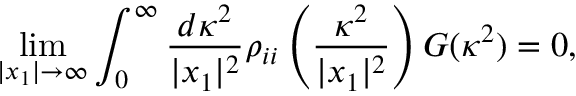
\operatorname * { l i m } _ { | x _ { 1 } | \rightarrow \infty } \int _ { 0 } ^ { \infty } \frac { d \kappa ^ { 2 } } { | x _ { 1 } | ^ { 2 } } \rho _ { i i } \left( \frac { \kappa ^ { 2 } } { | x _ { 1 } | ^ { 2 } } \right) G ( \kappa ^ { 2 } ) = 0 ,